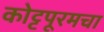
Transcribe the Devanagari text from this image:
कोट्टपूरमचा